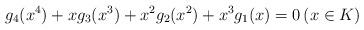
LaTeX: \begin{align*}g_4(x^4)+xg_3(x^3)+x^2g_2(x^2)+x^3g_1(x)=0 \left(x\in K\right) \end{align*}